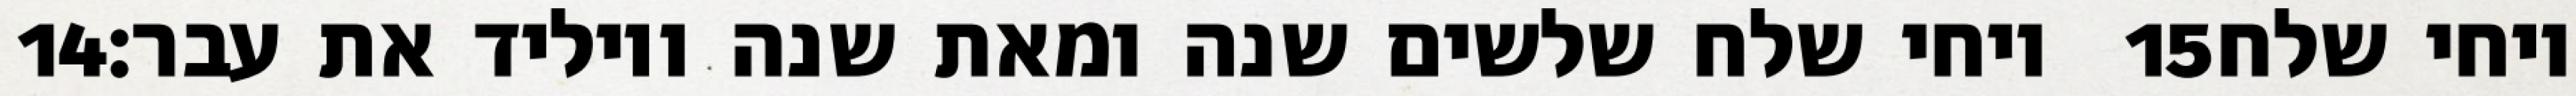
‎14‏ ויחי שלח שלשים שנה ומאת שנה ויוליד את עבר׃ ‎15‏ ויחי שלח